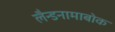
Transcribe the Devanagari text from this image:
लैन्डनामाबोक